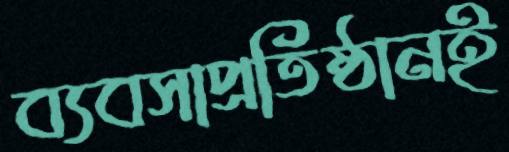
ব্যবসাপ্রতিষ্ঠানই